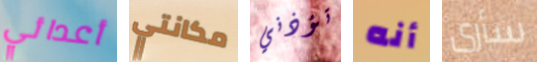
أعدائي مكانتي تؤذني أنه سأرى